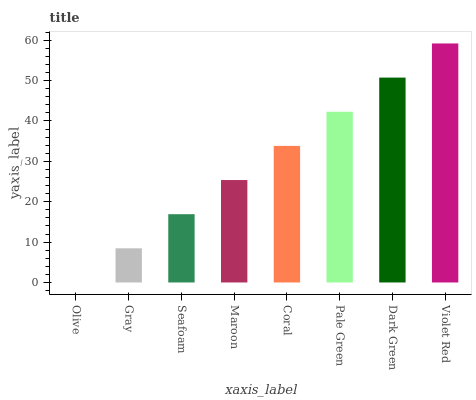
| xaxis_label | bars |
 | --- | --- |
 | Olive | 0 |
 | Gray | 8.45 |
 | Seafoam | 16.9 |
 | Maroon | 25.4 |
 | Coral | 33.8 |
 | Pale Green | 42.3 |
 | Dark Green | 50.7 |
 | Violet Red | 59.2 |